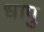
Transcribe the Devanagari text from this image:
धापु